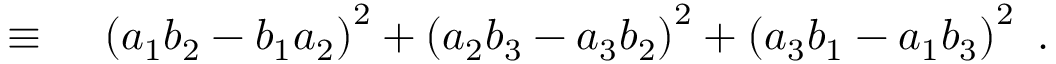
\begin{array} { r l } { \equiv { } } & { { } \left( a _ { 1 } b _ { 2 } - b _ { 1 } a _ { 2 } \right) ^ { 2 } + \left( a _ { 2 } b _ { 3 } - a _ { 3 } b _ { 2 } \right) ^ { 2 } + \left( a _ { 3 } b _ { 1 } - a _ { 1 } b _ { 3 } \right) ^ { 2 } \ . } \end{array}